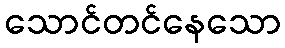
သောင်တင်နေသော